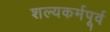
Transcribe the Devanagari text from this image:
शल्यकर्मपूर्व